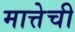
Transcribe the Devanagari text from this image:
मात्तेची